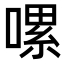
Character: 𠼱